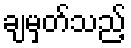
ချမှတ်သည့်